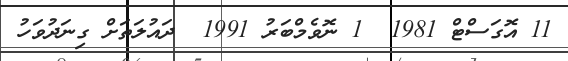
11 އޮގަސްޓް 1981  1 ނޮވެމްބަރު 1991  ދައުލަތަށް ގިނަދުވަހު